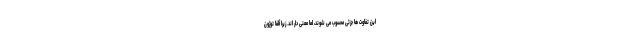
این تفاوت ها جزئی محسوب می شوند، اما معنی دار اند. زیرا آلفا توژون